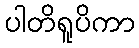
ပါတိရူပိကာ